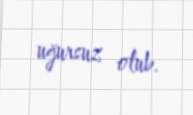
uğursuz olub.